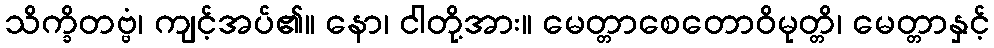
သိက္ခိတဗ္ဗံ၊ ကျင့်အပ်၏။ နော၊ ငါတို့အား။ မေတ္တာစေတောဝိမုတ္တိ၊ မေတ္တာနှင့်